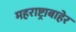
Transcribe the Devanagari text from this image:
महराष्ट्राबाहेर